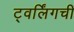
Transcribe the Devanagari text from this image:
ट्वर्लिंगची